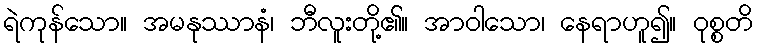
ရဲကုန်သော။ အမနုဿာနံ၊ ဘီလူးတို့၏။ အာဝါသော၊ နေရာဟူ၍။ ဝုစ္စတိ